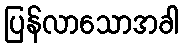
ပြန်လာသောအခါ